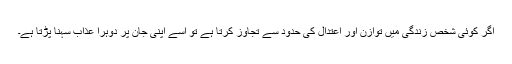
اگر کوئی شخص زندگی میں توازن اور اعتدال کی حدود سے تجاوز کرتا ہے تو اسے اپنی جان پر دوہرا عذاب سہنا پڑتا ہے۔